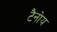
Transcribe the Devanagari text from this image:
टैनोय